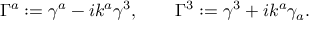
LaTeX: \Gamma ^ { a } : = \gamma ^ { a } - i k ^ { a } \gamma ^ { 3 } , \qquad \Gamma ^ { 3 } : = \gamma ^ { 3 } + i k ^ { a } \gamma _ { a } .